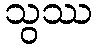
သွဿ